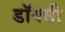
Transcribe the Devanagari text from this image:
डॉक्सी